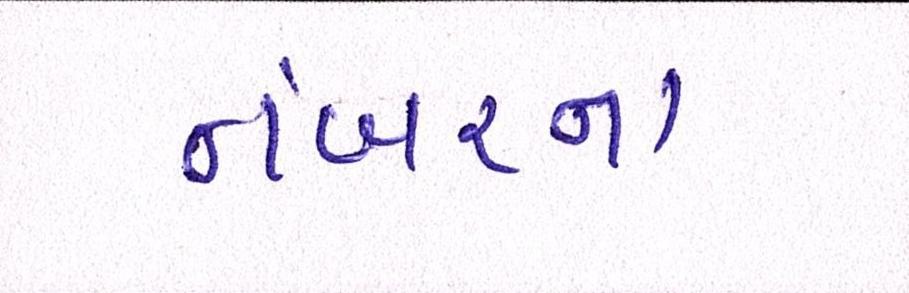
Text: નંબરના